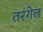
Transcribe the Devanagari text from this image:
तरंगेल